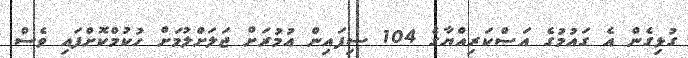
ގުޅިގެން އެ ގައުމުގެ އަސްކަރިއްޔާގެ 104 ސިފައިން އުމުރަށް ޖަލަށްލުމަށް ހުކުމްކޮށްފައި ވެސް